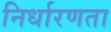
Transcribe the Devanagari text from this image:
निर्धारणता